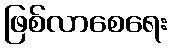
ဖြစ်လာစေရေး